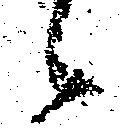
候